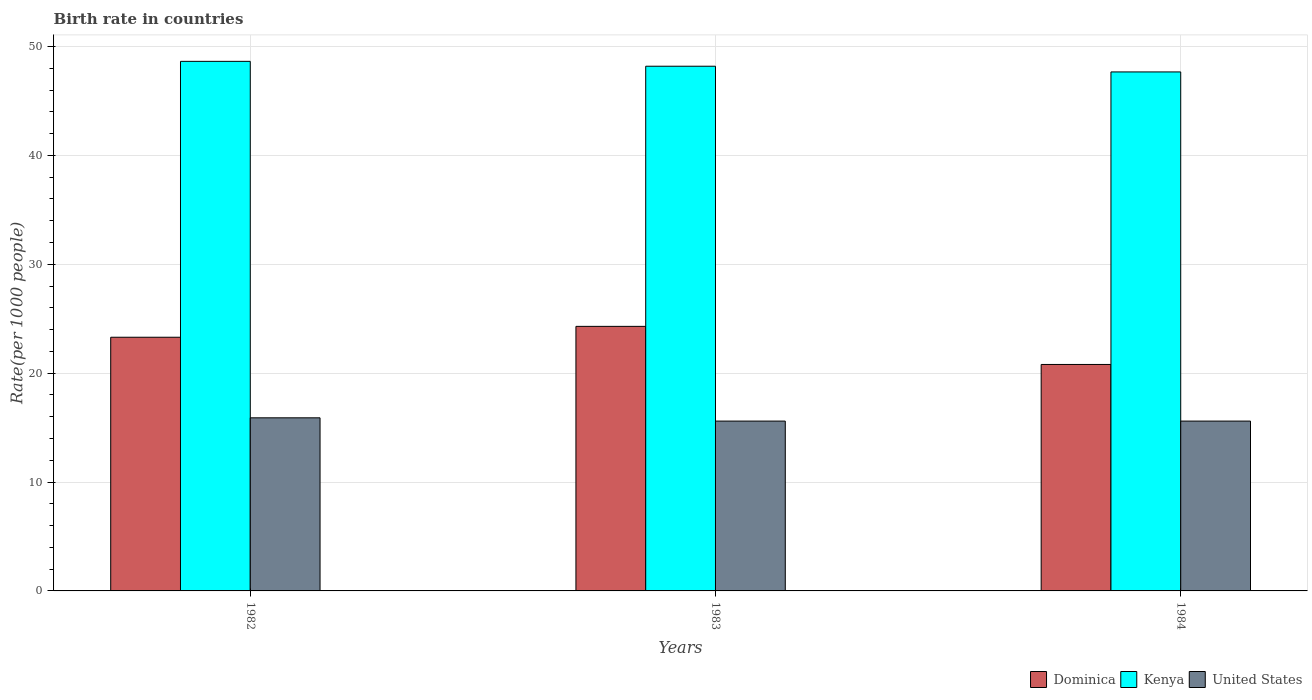
| Years | Dominica | Kenya | United States |
 | --- | --- | --- | --- |
 | 1982 | 23.3 | 48.6 | 15.9 |
 | 1983 | 24.3 | 48.2 | 15.6 |
 | 1984 | 20.8 | 47.7 | 15.6 |